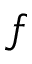
f